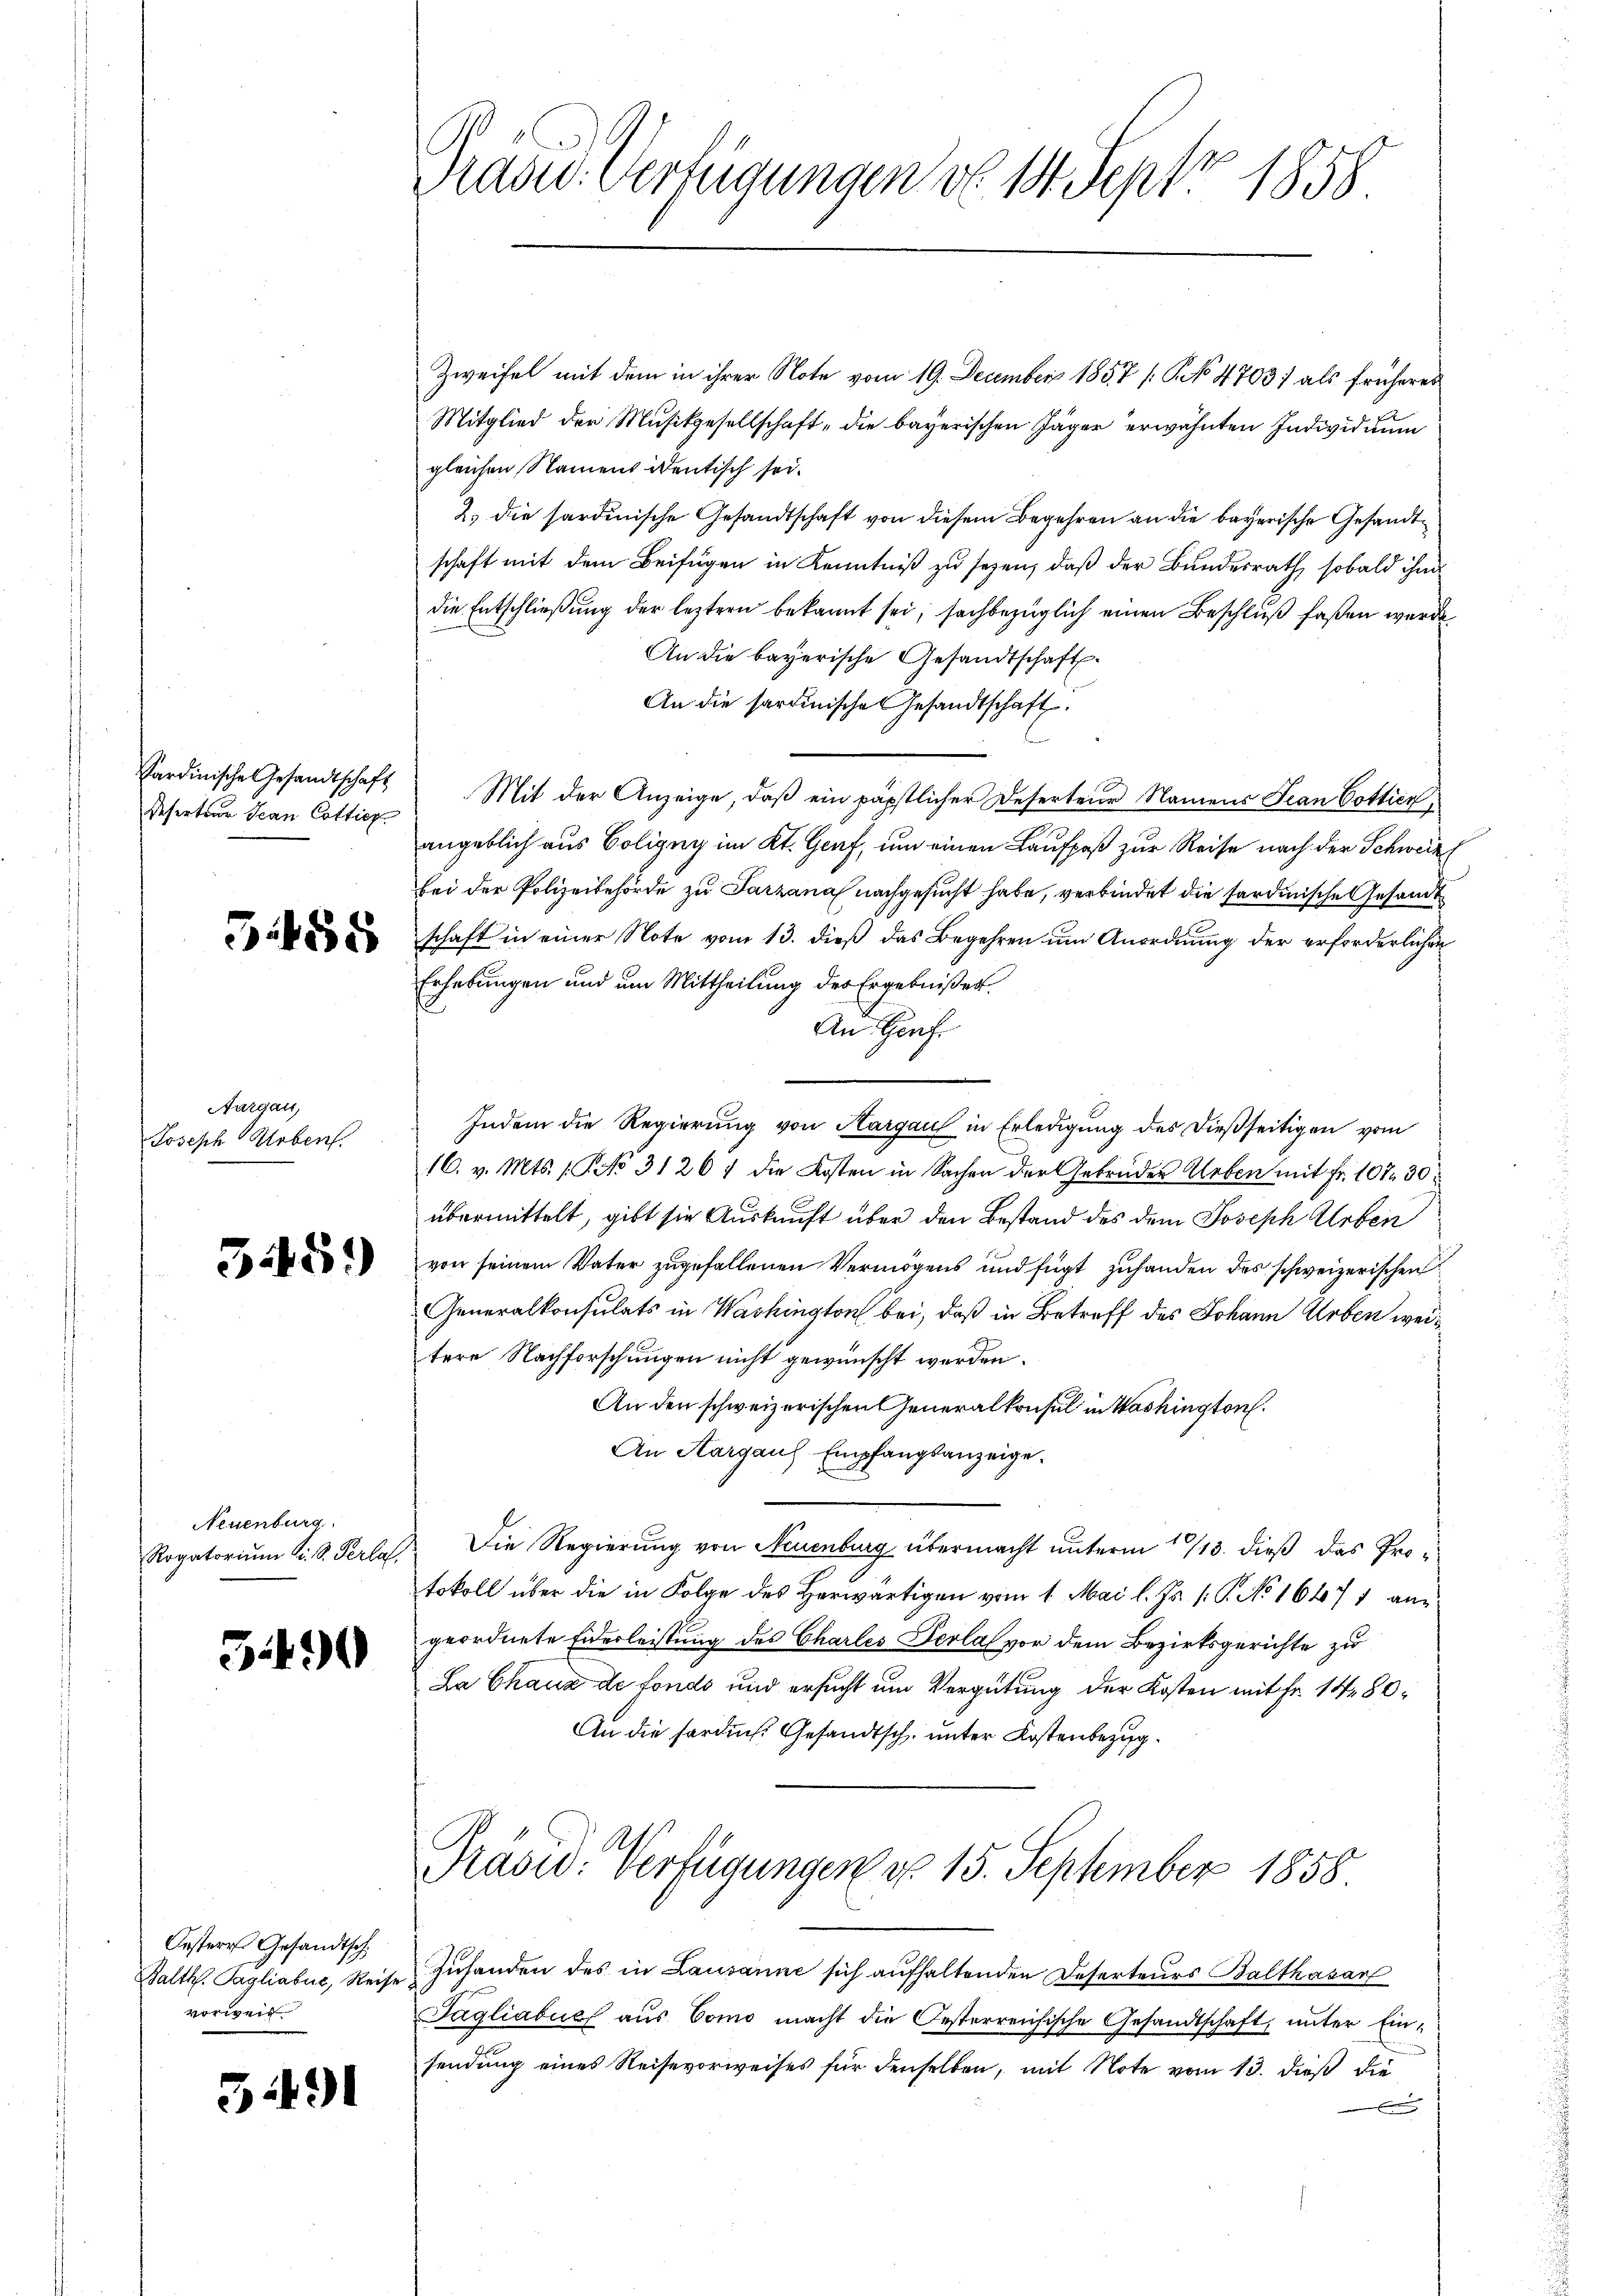
Referteur Jean Cottich

Aargau,
Joseph Hoben.

Neuenburg.

3490

Oesteres Gesandtsch
Balth. Tagliabus, Reise
vorweis

54491

Zweifel mit dem in ihrer Note vom 19. December 1857 (S. 4703) als früheres
Mitglied der Musikgesellschaft die bayerischen Jäger erwähnten Individuum
gleichen Namensidentisch sei.
2. die sardinische Gesandtschaft von diesem Begehren an die bayerische Gesandte
schaft mit dem Beifügen in Kenntniß zu sezen, daß der Bundesrath sobald ihm
die Entschließung der leztern bekannt sei; sachbezüglich einen Beschluß faßen werde
An die bayerische Gesandtschaft.
An die sardinische Gesandtschaft.
Sardinische Gesandtschaft Mit der Anzeige, daβ ein päpstlicher Deserteur Namens Jean Cottier,
angeblich aus Polizey im Kt. Genf, um einen Laufpaß zur Reise nach der Schweiz
bei der Polizeibehörde zu Tarzana nachgesucht habe, verbindet die sardinische Gesandt
xschaft in einer Note vom 13. dieβ das Begehren ŭm Anordnŭng der erforderlichen
Erhebungen und um Mittheilung der Ergebnißes
An Genf.
Indem die Regierung von Hargau in Erledigung des dießseitigen vom
16. v. Mts. (T. No 31267 die Kosten in Sachen der Gebrüder Leben mit Fr. 107 30
übermittelt, gibt sie Auskunft über den Bestand des dem Joseph Arben
20 von seinem Vater zŭgefallenen Vermögens und fügt zŭ handen des schweizerischen
Generalkonsulats in Washington bei, daß in Betreff des Johann Erben weitere Nachforschungen nicht gewünscht werden.
An den schweizerischen Generalkonsul in Washington.
An Aargaus Empfangsanzeige.
Rogatorium C. S. Perla Die Regierung von Neuenburg übermacht unterm 1/13. dieß das Protokoll über die in Folge des Herwärtigen vom 1. Mai l. Js. 1. P. No 1647 1 angeordnete Eiderleistung des Charles Serial vor dem Bezirksgerichte zu
La Chaux de fonds und ersucht um Vergütung der Kosten mit Fr. 1480.
An die Ferdich. Gesandtsch unter Kostenbezug¬

Präsid. Verfügungen d. 141. Sept 1858.

Präsid. Verfügungen d. 15. September 1858

Zuhanden des in Lausanne sich aufhaltenden Deserteurs Balthasar
Sagliabue aus Como macht die Oesterreichische Gesandtschaft, unter Einsendung eines Reisevorweises für denselben, mit Note vom 13. dieß die
.